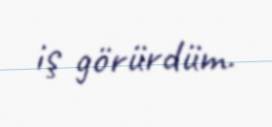
iş görürdüm.